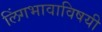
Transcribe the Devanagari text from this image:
लिंगभावाविषयी